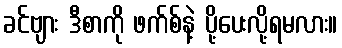
ခင်ဗျား ဒီစာကို ဖက်စ်နဲ့ ပို့ပေးလို့ရမလား။